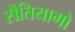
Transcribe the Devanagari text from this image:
सेंतियागो